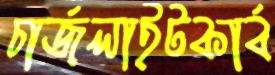
চার্জলাইটকার্ব